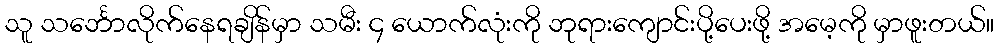
သူ သင်္ဘောလိုက်နေရချိန်မှာ သမီး ၄ ယောက်လုံးကို ဘုရားကျောင်းပို့ပေးဖို့ အမေ့ကို မှာဖူးတယ်။